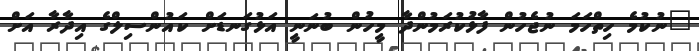
"ނުކުމެ ހިތްހަމަ ނުޖެހުން ފާޅުކުރަމުންދާ މީހުން ބުނަނީ އަޅުގަނޑަށް ކައުންސިލްގެ އިދާރާ އަށް